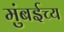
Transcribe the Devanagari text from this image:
मुंबईच्य